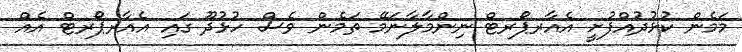
މަމެން ކުޅުދުއްފުށީ އެއާރޕޯރޓް ނިންމާލާނަމޭ ތަމެން ވެސް ހުޅުދޫ ގައި އެއާރޕޯރޓް އެއް